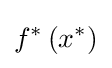
f^{*}\left(x^{*}\right)